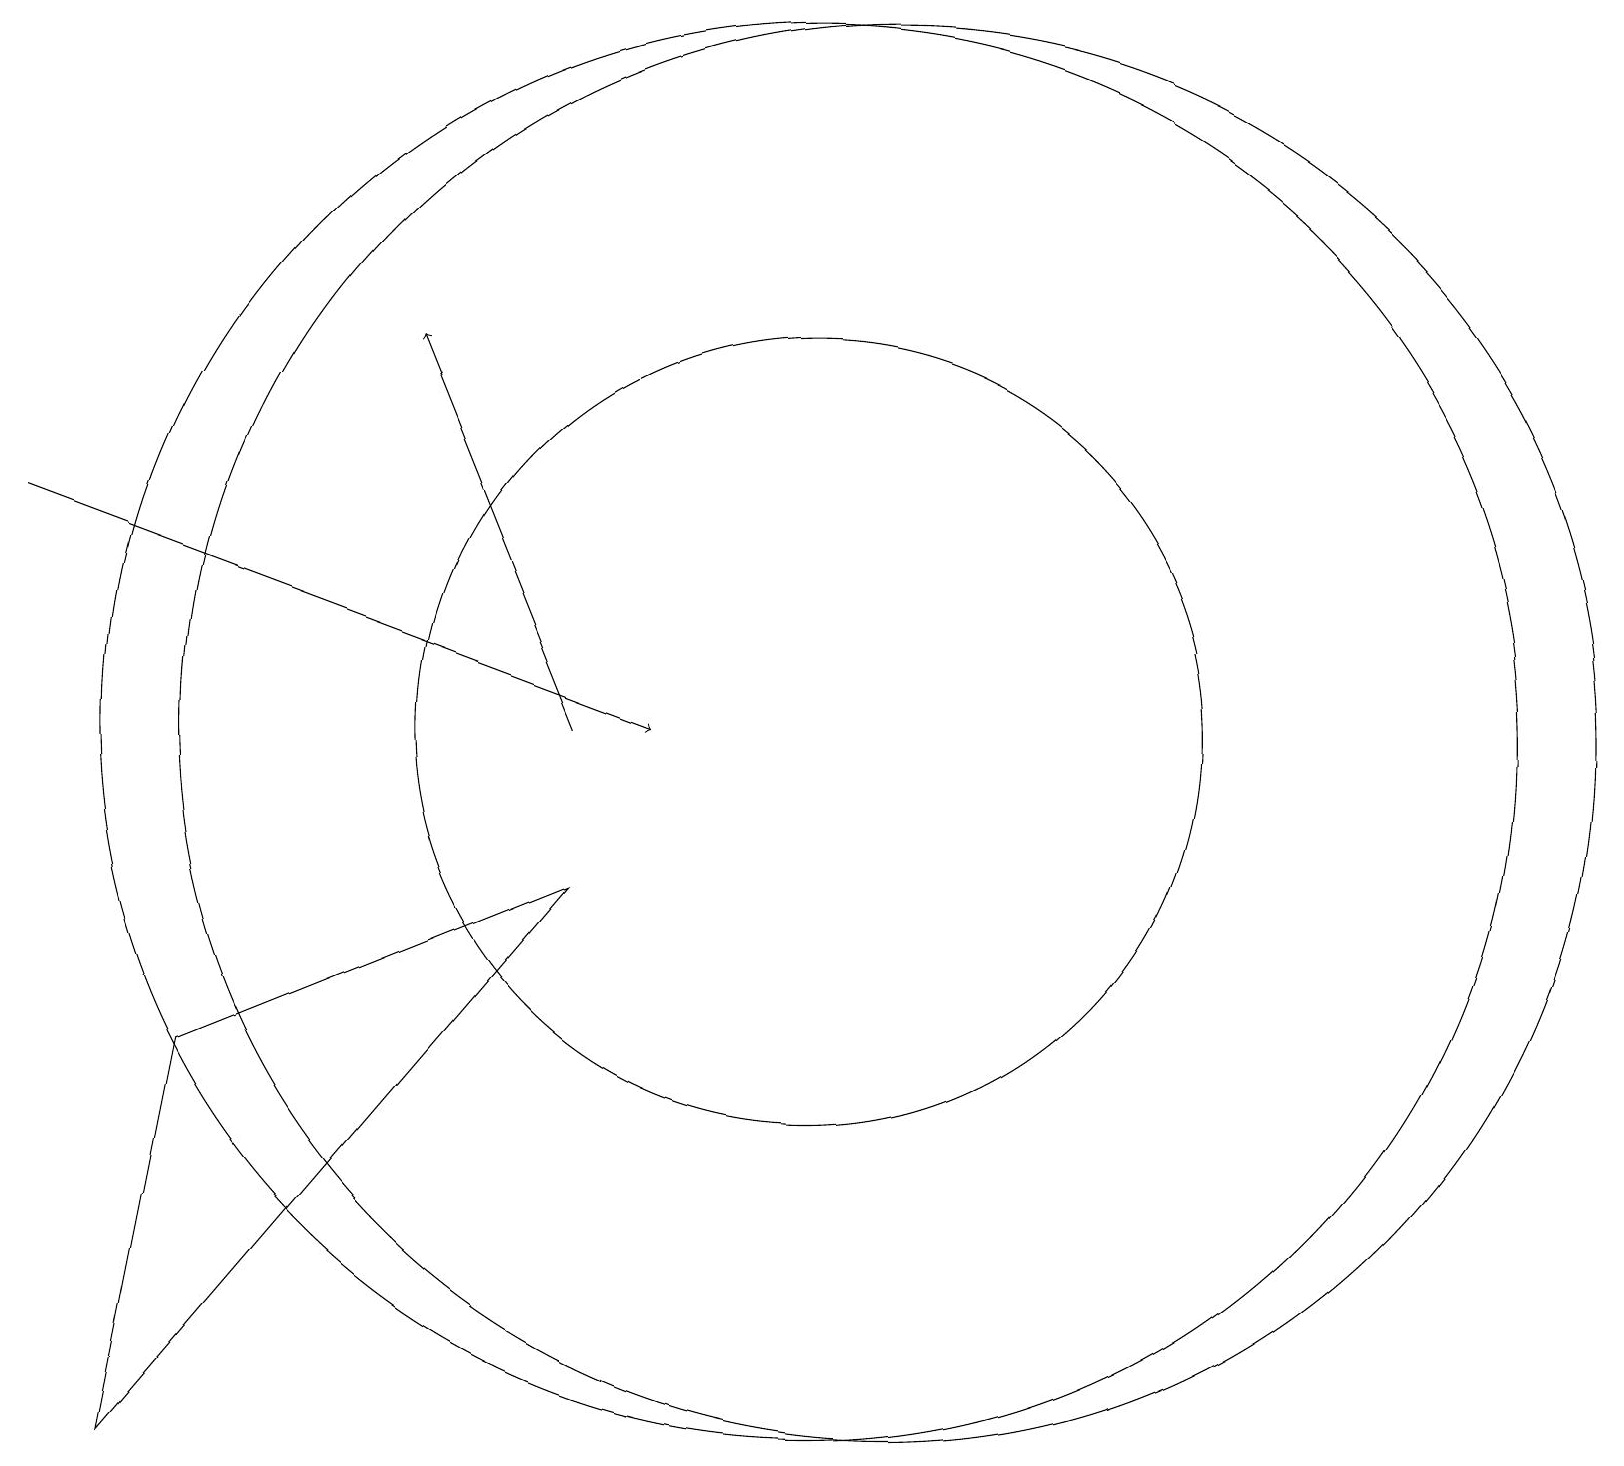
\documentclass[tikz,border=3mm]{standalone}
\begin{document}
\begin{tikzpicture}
\draw[->] (8,11) -- (6,16);
\draw[->] (1,14) -- (9,11);
\draw (11,11) circle (9);
\draw (12,11) circle (9);
\draw (3,7) -- (8,9) -- (2,2) -- cycle;
\draw (11,11) circle (5);
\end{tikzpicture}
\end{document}